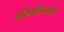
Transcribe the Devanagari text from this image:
परिनलिकाओं